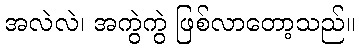
အလဲလဲ၊ အကွဲကွဲ ဖြစ်လာတော့သည်။